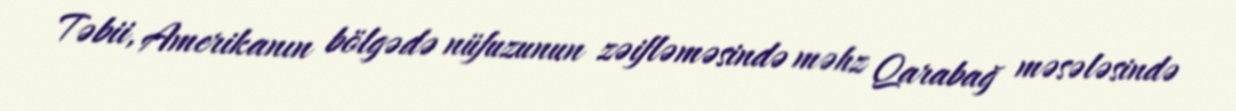
Təbii, Amerikanın bölgədə nüfuzunun zəifləməsində məhz Qarabağ məsələsində